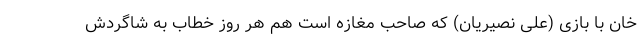
خان با بازی (علی نصیریان) که صاحب مغازه است هم هر روز خطاب به شاگردش